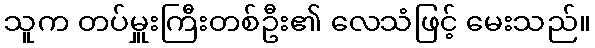
သူက တပ်မှူးကြီးတစ်ဦး၏ လေသံဖြင့် မေးသည်။